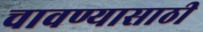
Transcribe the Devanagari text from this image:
चावण्यासाठी